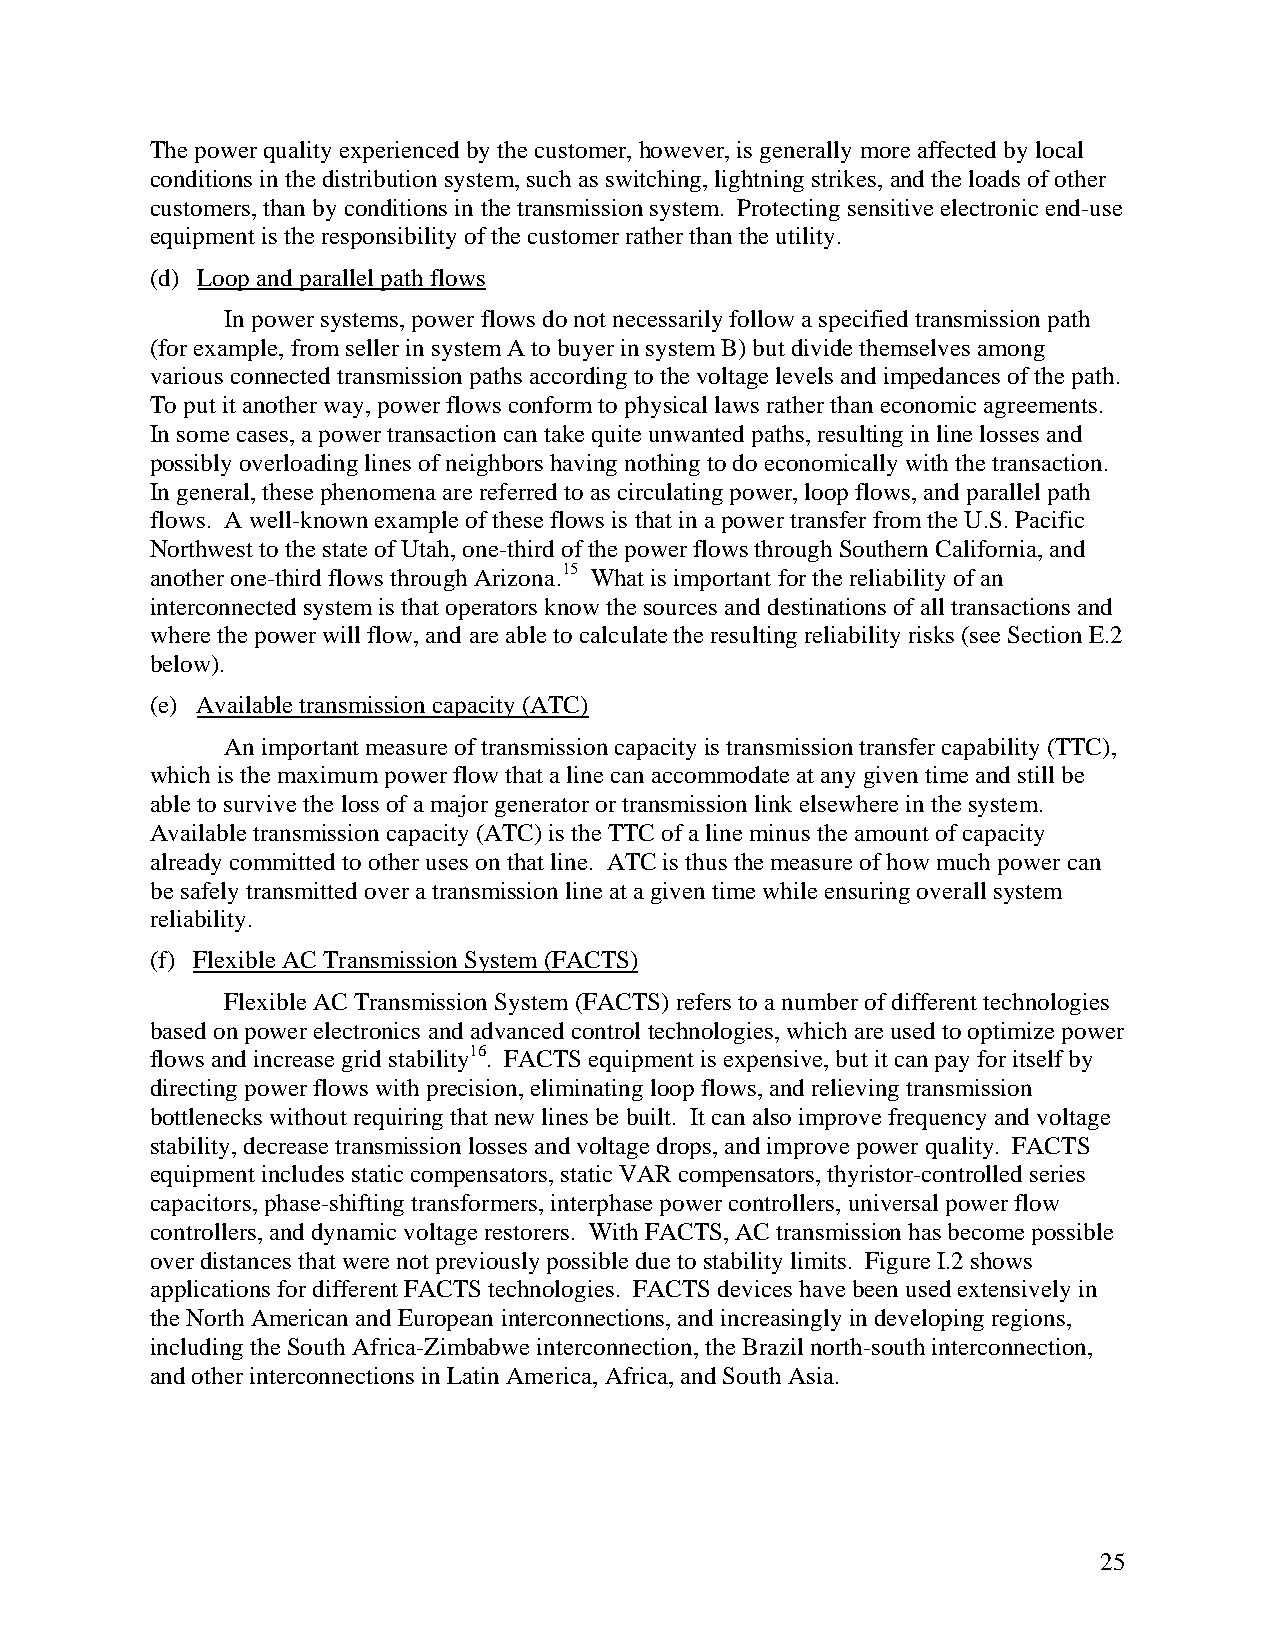
The power quality experienced by the customer, however, is generally more affected by local
 conditions in the distribution system, such as switching, lightning strikes, and the loads of other
 customers, than by conditions in the transmission system. Protecting sensitive electronic end-use
 equipment is the responsibility of the customer rather than the utility.
 (d) Loop and parallel path flows
 In power systems, power flows do not necessarily follow a specified transmission path
 (for example, from seller in system A to buyer in system B) but divide themselves among
 various connected transmission paths according to the voltage levels and impedances of the path.
 To put it another way, power flows conform to physical laws rather than economic agreements.
 In some cases, a power transaction can take quite unwanted paths, resulting in line losses and
 possibly overloading lines of neighbors having nothing to do economically with the transaction.
 In general, these phenomena are referred to as circulating power, loop flows, and parallel path
 flows. A well-known example of these flows is that in a power transfer from the U.S. Pacific
 Northwest to the state of Utah, one-third of the power flows through Southern California, and
 another one-third flows through Arizona.15 What is important for the reliability of an
 interconnected system is that operators know the sources and destinations of all transactions and
 where the power will flow, and are able to calculate the resulting reliability risks (see Section E.2
 below).
 (e) Available transmission capacity (ATC)
 An important measure of transmission capacity is transmission transfer capability (TTC),
 which is the maximum power flow that a line can accommodate at any given time and still be
 able to survive the loss of a major generator or transmission link elsewhere in the system.
 Available transmission capacity (ATC) is the TTC of a line minus the amount of capacity
 already committed to other uses on that line. ATC is thus the measure of how much power can
 be safely transmitted over a transmission line at a given time while ensuring overall system
 reliability.
 (f) Flexible AC Transmission System (FACTS)
 Flexible AC Transmission System (FACTS) refers to a number of different technologies
 based on power electronics and advanced control technologies, which are used to optimize power
 flows and increase grid stability16. FACTS equipment is expensive, but it can pay for itself by
 directing power flows with precision, eliminating loop flows, and relieving transmission
 bottlenecks without requiring that new lines be built. It can also improve frequency and voltage
 stability, decrease transmission losses and voltage drops, and improve power quality. FACTS
 equipment includes static compensators, static VAR compensators, thyristor-controlled series
 capacitors, phase-shifting transformers, interphase power controllers, universal power flow
 controllers, and dynamic voltage restorers. With FACTS, AC transmission has become possible
 over distances that were not previously possible due to stability limits. Figure I.2 shows
 applications for different FACTS technologies. FACTS devices have been used extensively in
 the North American and European interconnections, and increasingly in developing regions,
 including the South Africa-Zimbabwe interconnection, the Brazil north-south interconnection,
 and other interconnections in Latin America, Africa, and South Asia.
 25